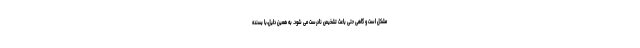
مشکل است و گاهی حتی باعث تشخیص نادرست می شود. به همین دلیل،با بسنده